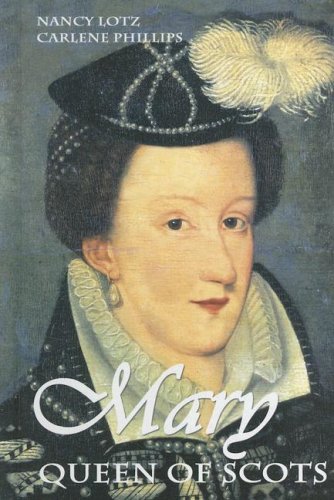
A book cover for Mary Queen of Scots (European Queens); Nancy Lotz; Teen & Young Adult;